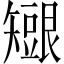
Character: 𥐇